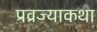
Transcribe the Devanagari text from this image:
प्रव्रज्याकथा